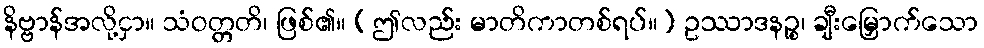
နိဗ္ဗာန်အလို့ငှာ။ သံဝတ္တတိ၊ ဖြစ်၏။ (ဤလည်း မာတိကာတစ်ရပ်။) ဥဿာဒနဉ္စ၊ ချီးမြှောက်သော